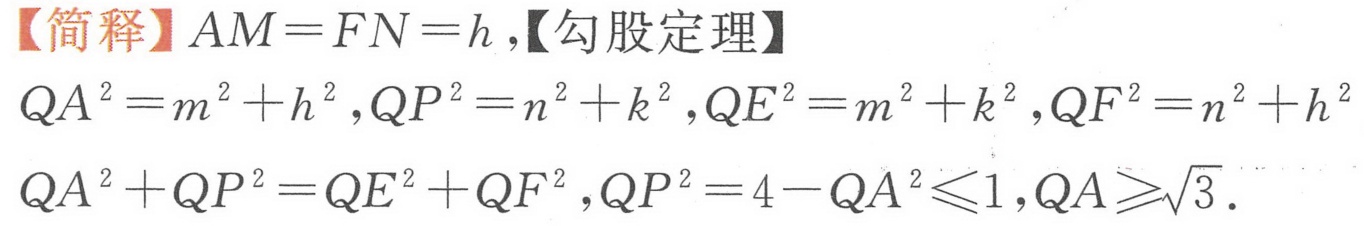
【简释】\(AM = FN = h\),【勾股定理】
\(QA^{2}=m^{2}+h^{2},QP^{2}=n^{2}+k^{2},QE^{2}=m^{2}+k^{2},QF^{2}=n^{2}+h^{2}\)
\(QA^{2}+QP^{2}=QE^{2}+QF^{2},QP^{2}=4 - QA^{2}\leqslant1,QA\geqslant\sqrt{3}\).